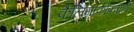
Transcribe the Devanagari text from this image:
कैलिग्राफीप्रवाही